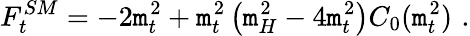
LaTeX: F_{t}^{SM}=-2\mathtt{m}_{t}^{2}+\mathtt{m}_{t}^{2}\left(\mathtt{m}_{H}^{2}-4\mathtt{m}_{t}^{2}\right)C_{0}(\mathtt{m}_{t}^{2})\, \, .